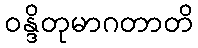
ဝန္ဒိတုမာဂတာတိ